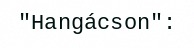
"Hangácson":